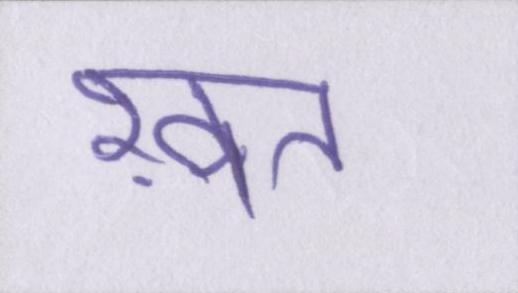
ख़त